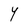
Character: Y